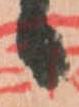
日